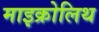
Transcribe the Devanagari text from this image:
माइक्रोलिथ